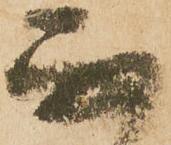
不